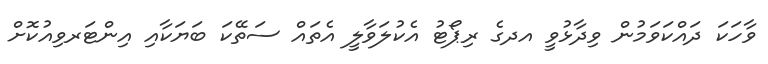
ވާހަކަ ދައްކަވަމުން ވިދާޅުވީ އދގެ ރިޕޯޓު އެކުލަވާލީ އެތައް ސަތޭކަ ބަޔަކާއި އިންޓަރވިއުކޮށް